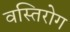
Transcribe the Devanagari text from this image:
वस्तिरोग